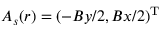
\boldsymbol { A } _ { s } ( \boldsymbol { r } ) = ( - B y / 2 , B x / 2 ) ^ { \mathrm { T } }